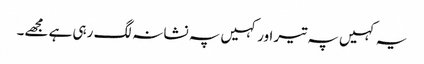
یہ کہیں پہ تیر اور کہیں پہ نشانہ لگ رہی ہے مجھے۔